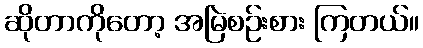
ဆိုတာကိုတော့ အမြဲစဉ်းစား ကြတယ်။